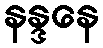
နန္ဒနေ